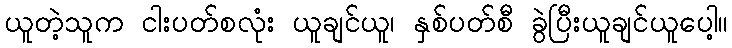
ယူတဲ့သူက ငါးပတ်စလုံး ယူချင်ယူ၊ နှစ်ပတ်စီ ခွဲပြီးယူချင်ယူပေါ့။